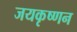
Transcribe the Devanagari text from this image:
जयकृष्णन